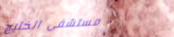
مستشفى الخليج